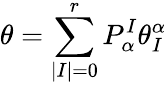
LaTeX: \theta=\sum_{|I|=0}^{r}P_{\alpha}^{I}\theta_{I}^{\alpha}